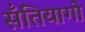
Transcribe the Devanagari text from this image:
सॅंतियागो